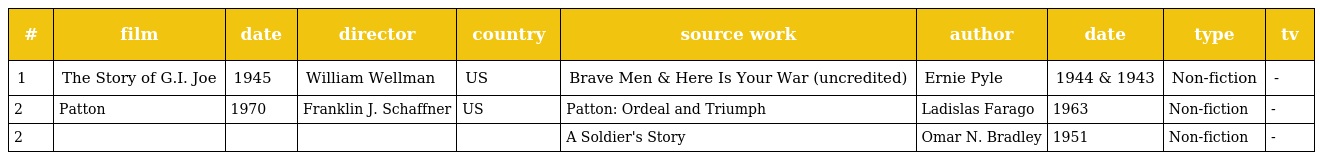
| # | film | date | director | country | source work | author | date | type | tv |
 | --- | --- | --- | --- | --- | --- | --- | --- | --- | --- |
 | 1 | The Story of G.I. Joe | 1945 | William Wellman | US | Brave Men & Here Is Your War (uncredited) | Ernie Pyle | 1944 & 1943 | Non-fiction | - |
 | 2 | Patton | 1970 | Franklin J. Schaffner | US | Patton: Ordeal and Triumph | Ladislas Farago | 1963 | Non-fiction | - |
 | 2 |  |  |  |  | A Soldier's Story | Omar N. Bradley | 1951 | Non-fiction | - |